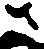
さ